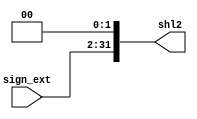
`timescale 1ns / 1ps
//////////////////////////////////////////////////////////////////////////////////
// Company: 
// Engineer: 
// 
// Design Name: 
// Module Name:    DRAP_shiftl2 
// Project Name: 
// Target Devices: 
// Tool versions: 
// Description: 
//
// Dependencies: 
//
// Revision: 
// Revision 0.01 - File Created
// Additional Comments: 
//
//////////////////////////////////////////////////////////////////////////////////
//DRAP shift left 2
module DRAP_shiftl2(shl2,sign_ext);
output [31:0] shl2;
input [29:0] sign_ext;
assign shl2 = {sign_ext[29:0],2'b0};
endmodule